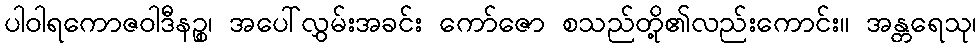
ပါဝါရကောဇဝါဒီနဉ္စ၊ အပေါ်လွှမ်းအခင်း ကော်ဇော စသည်တို့၏လည်းကောင်း။ အန္တရေသု၊